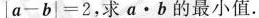
|a-b|=2，求α · b的最小值。